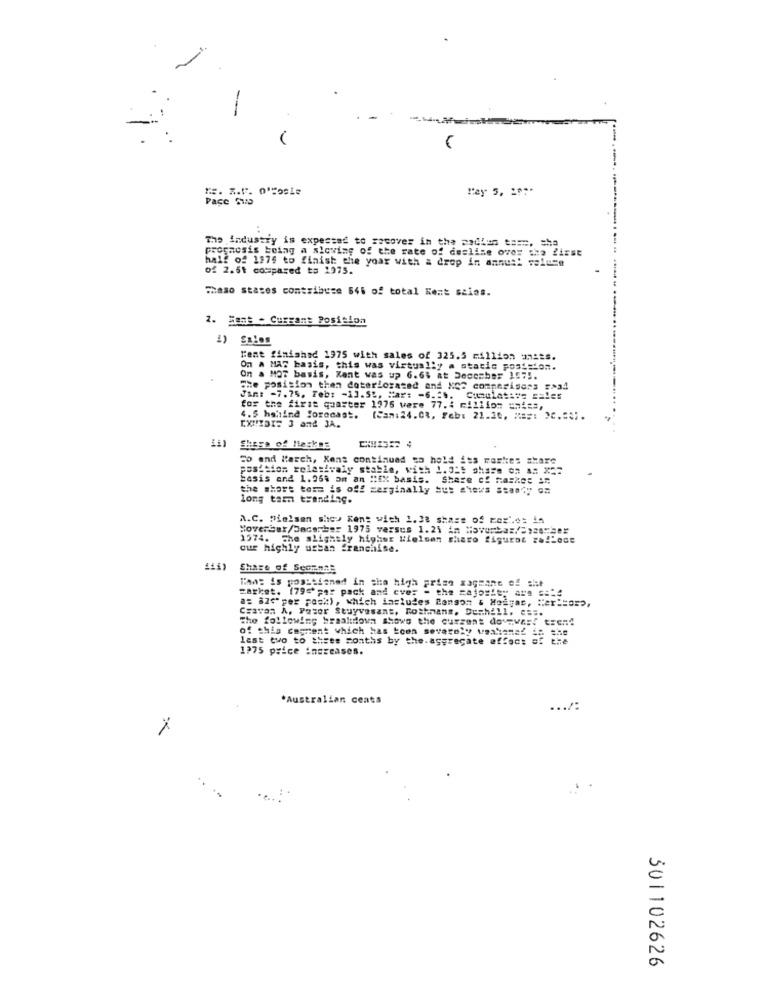
--
#. R.V. O'Sosie
Pase Two
The industry is expected to sacover in the madlas ta ==, sha
prognosis being a aloving of the rate of desline over the first
half of 1375 to finish the yoar with a drop in annus! valuse
of 2.6t compared to 1975.
Theso states contribuse 646 of total Kent saias.
2. Bant - Currant Position
1) Sales
Hent finished 1975 with sales of 325.5 million units.
On A MAC basis, this was virtually a static posisto ..
On a MOT basis, Kent was up 6.6% at December 1575.
The position then dotarlorated and NO2 comparisons saad
Jan: - 7.75. Feb: - 1].S ., Har: - 6.2 .. Cumulative sales
for the first quarter 1975 were 77.4 million units,
CXNEDIS 3 and JA.
4.5 hghind forecast. (Cam:24.C ., Fab: 21.30. ===: 3C .= 3; .
Shega of Maskes
Co and March, Kens continued so hold its roches share
position relativaly stable, with 1.315 share on a: X ==
basis and 1.069 om an "Ex basis. Share of Rashes In
the short term is off zerginally Sus sheys standy on
long tamm trending.
a.C. nielsen she> Kent with 1.28 shast of mezi.o: in
Hoverbar/Dacerber 1975 versus 1.25 in Navurba=/=>ze"her
1574. The slightly higher Nielsen thero figurac colLose
our highly ustan franchise.
Share of SeomasE
That is positioned in the high prise xageone of she
market. (79=' per pack and ever - the majority ans === 4
a= azc" per pack), which includes Benson & Hosgas, Her ==== p,
Csavan A, Peter Stuyvesant, Rothmans. Deshall. ===.
The following braakttown shows the current dovewas! trend
of this cegment which has been severely vaahaned in the
last two to three months by the aggregate effect of t
1975 price increases.
*Australian centa
....:
.. ..
501102626